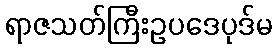
ရာဇသတ်ကြီးဥပဒေပုဒ်မ